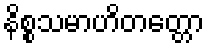
နိစ္စသမာဟိတတ္တော